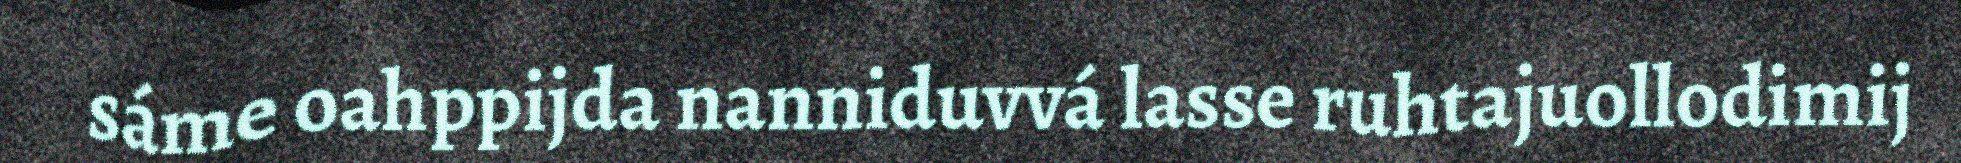
sáme oahppijda nanniduvvá lasse ruhtajuollodimij